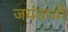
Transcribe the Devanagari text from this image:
जयंताची